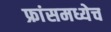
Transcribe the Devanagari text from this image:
फ्रांसमध्येच